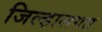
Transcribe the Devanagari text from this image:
जिल्हालगत